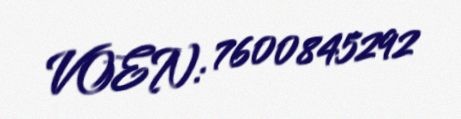
VOEN: 7600845292